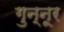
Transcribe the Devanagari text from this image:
गुन्नूर